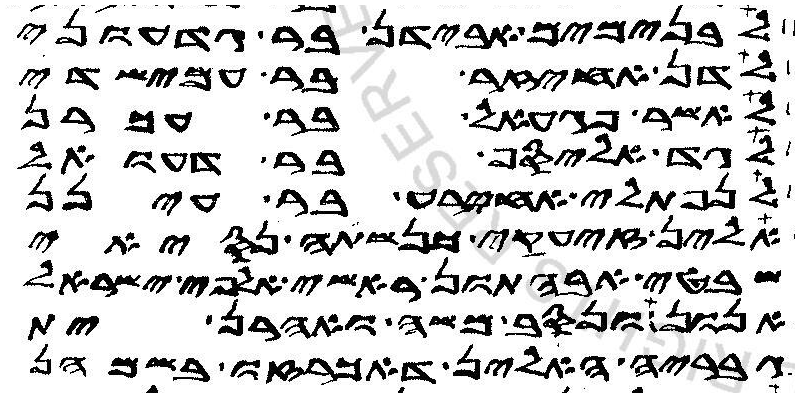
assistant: לבנימים אבידן בר גדעוני
לדן אחיזר בר עמישדי
לאשר פגעאל בר עכרן
גד אליסף בר דעואל
לנפתלי אחירע בר עינן
אלין זיעקי כנשתה נסיאי
שבטי אבהתון ראשי אלפי ישראל
אנון ונסב משה ואהרן ית
גבריה האלין דאכרזו בשמהן